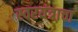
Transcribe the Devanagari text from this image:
स्वरयंत्राचा